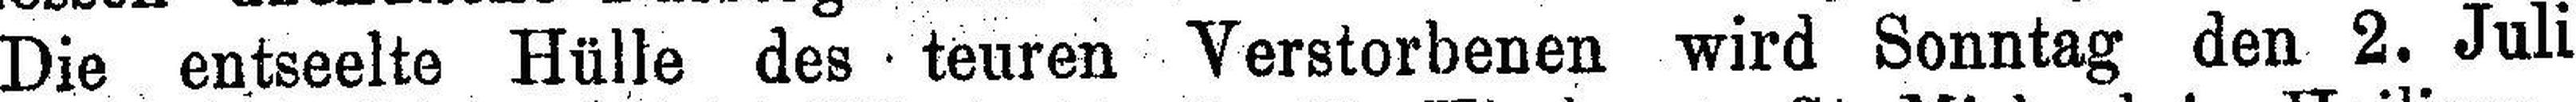
Die entseelte Hülle des teuren Verstorbenen wird Sonntag den 2. Juli